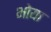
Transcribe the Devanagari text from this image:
भोया